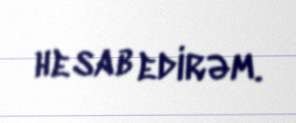
hesab edirəm.